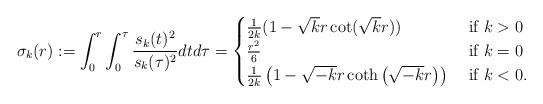
LaTeX: \begin{align*}\sigma_{k}(r):=\int_{0}^{r} \int_{0}^{\tau} \frac{s_{k}(t)^{2}}{s_{k}(\tau)^{2}} d t d \tau=\begin{cases}\frac{1}{2 k}(1-\sqrt{k} r \cot (\sqrt{k} r))&\textrm{ if }k>0\\\frac{r^2}{6} &\textrm{ if }k=0\\\frac{1}{2k} \left(1 -\sqrt{-k}r \coth \left(\sqrt{-k} r \right)\right) &\textrm{ if }k<0.\end{cases}\end{align*}